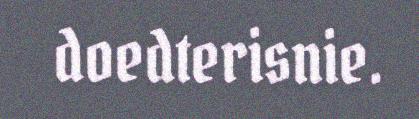
doedterisnie.